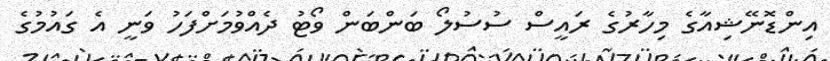
އިންޑޮނޭޝިއާގެ މިހާރުގެ ރައީސް ސުސުލޯ ބަންބަން ވޯޓު ދެއްވުމަށްފަހު ވަނީ އެ ގައުމުގެ